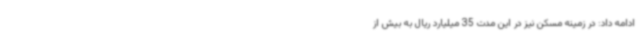
ادامه داد: در زمینه مسکن نیز در این مدت 35 میلیارد ریال به بیش از